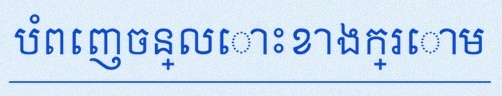
បំពេញចន្លោះខាងក្រោម